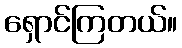
ရှောင်ကြတယ်။